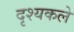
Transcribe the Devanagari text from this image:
दृश्यकले